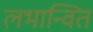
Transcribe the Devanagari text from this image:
लभान्वित